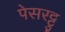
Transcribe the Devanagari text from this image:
पेसरट्टु